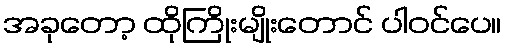
အခုတော့ ထိုကြိုးမျိုးတောင် ပါဝင်ပေ။